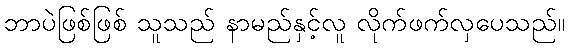
ဘာပဲဖြစ်ဖြစ် သူသည် နာမည်နှင့်လူ လိုက်ဖက်လှပေသည်။